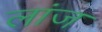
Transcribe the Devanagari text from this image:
लांज